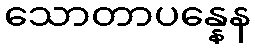
သောတာပန္နေန